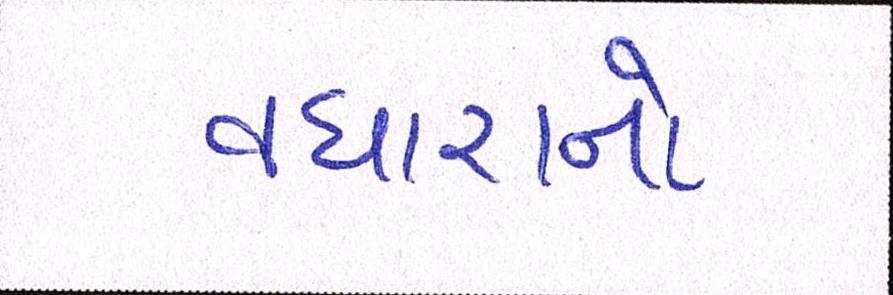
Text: વધારાનો